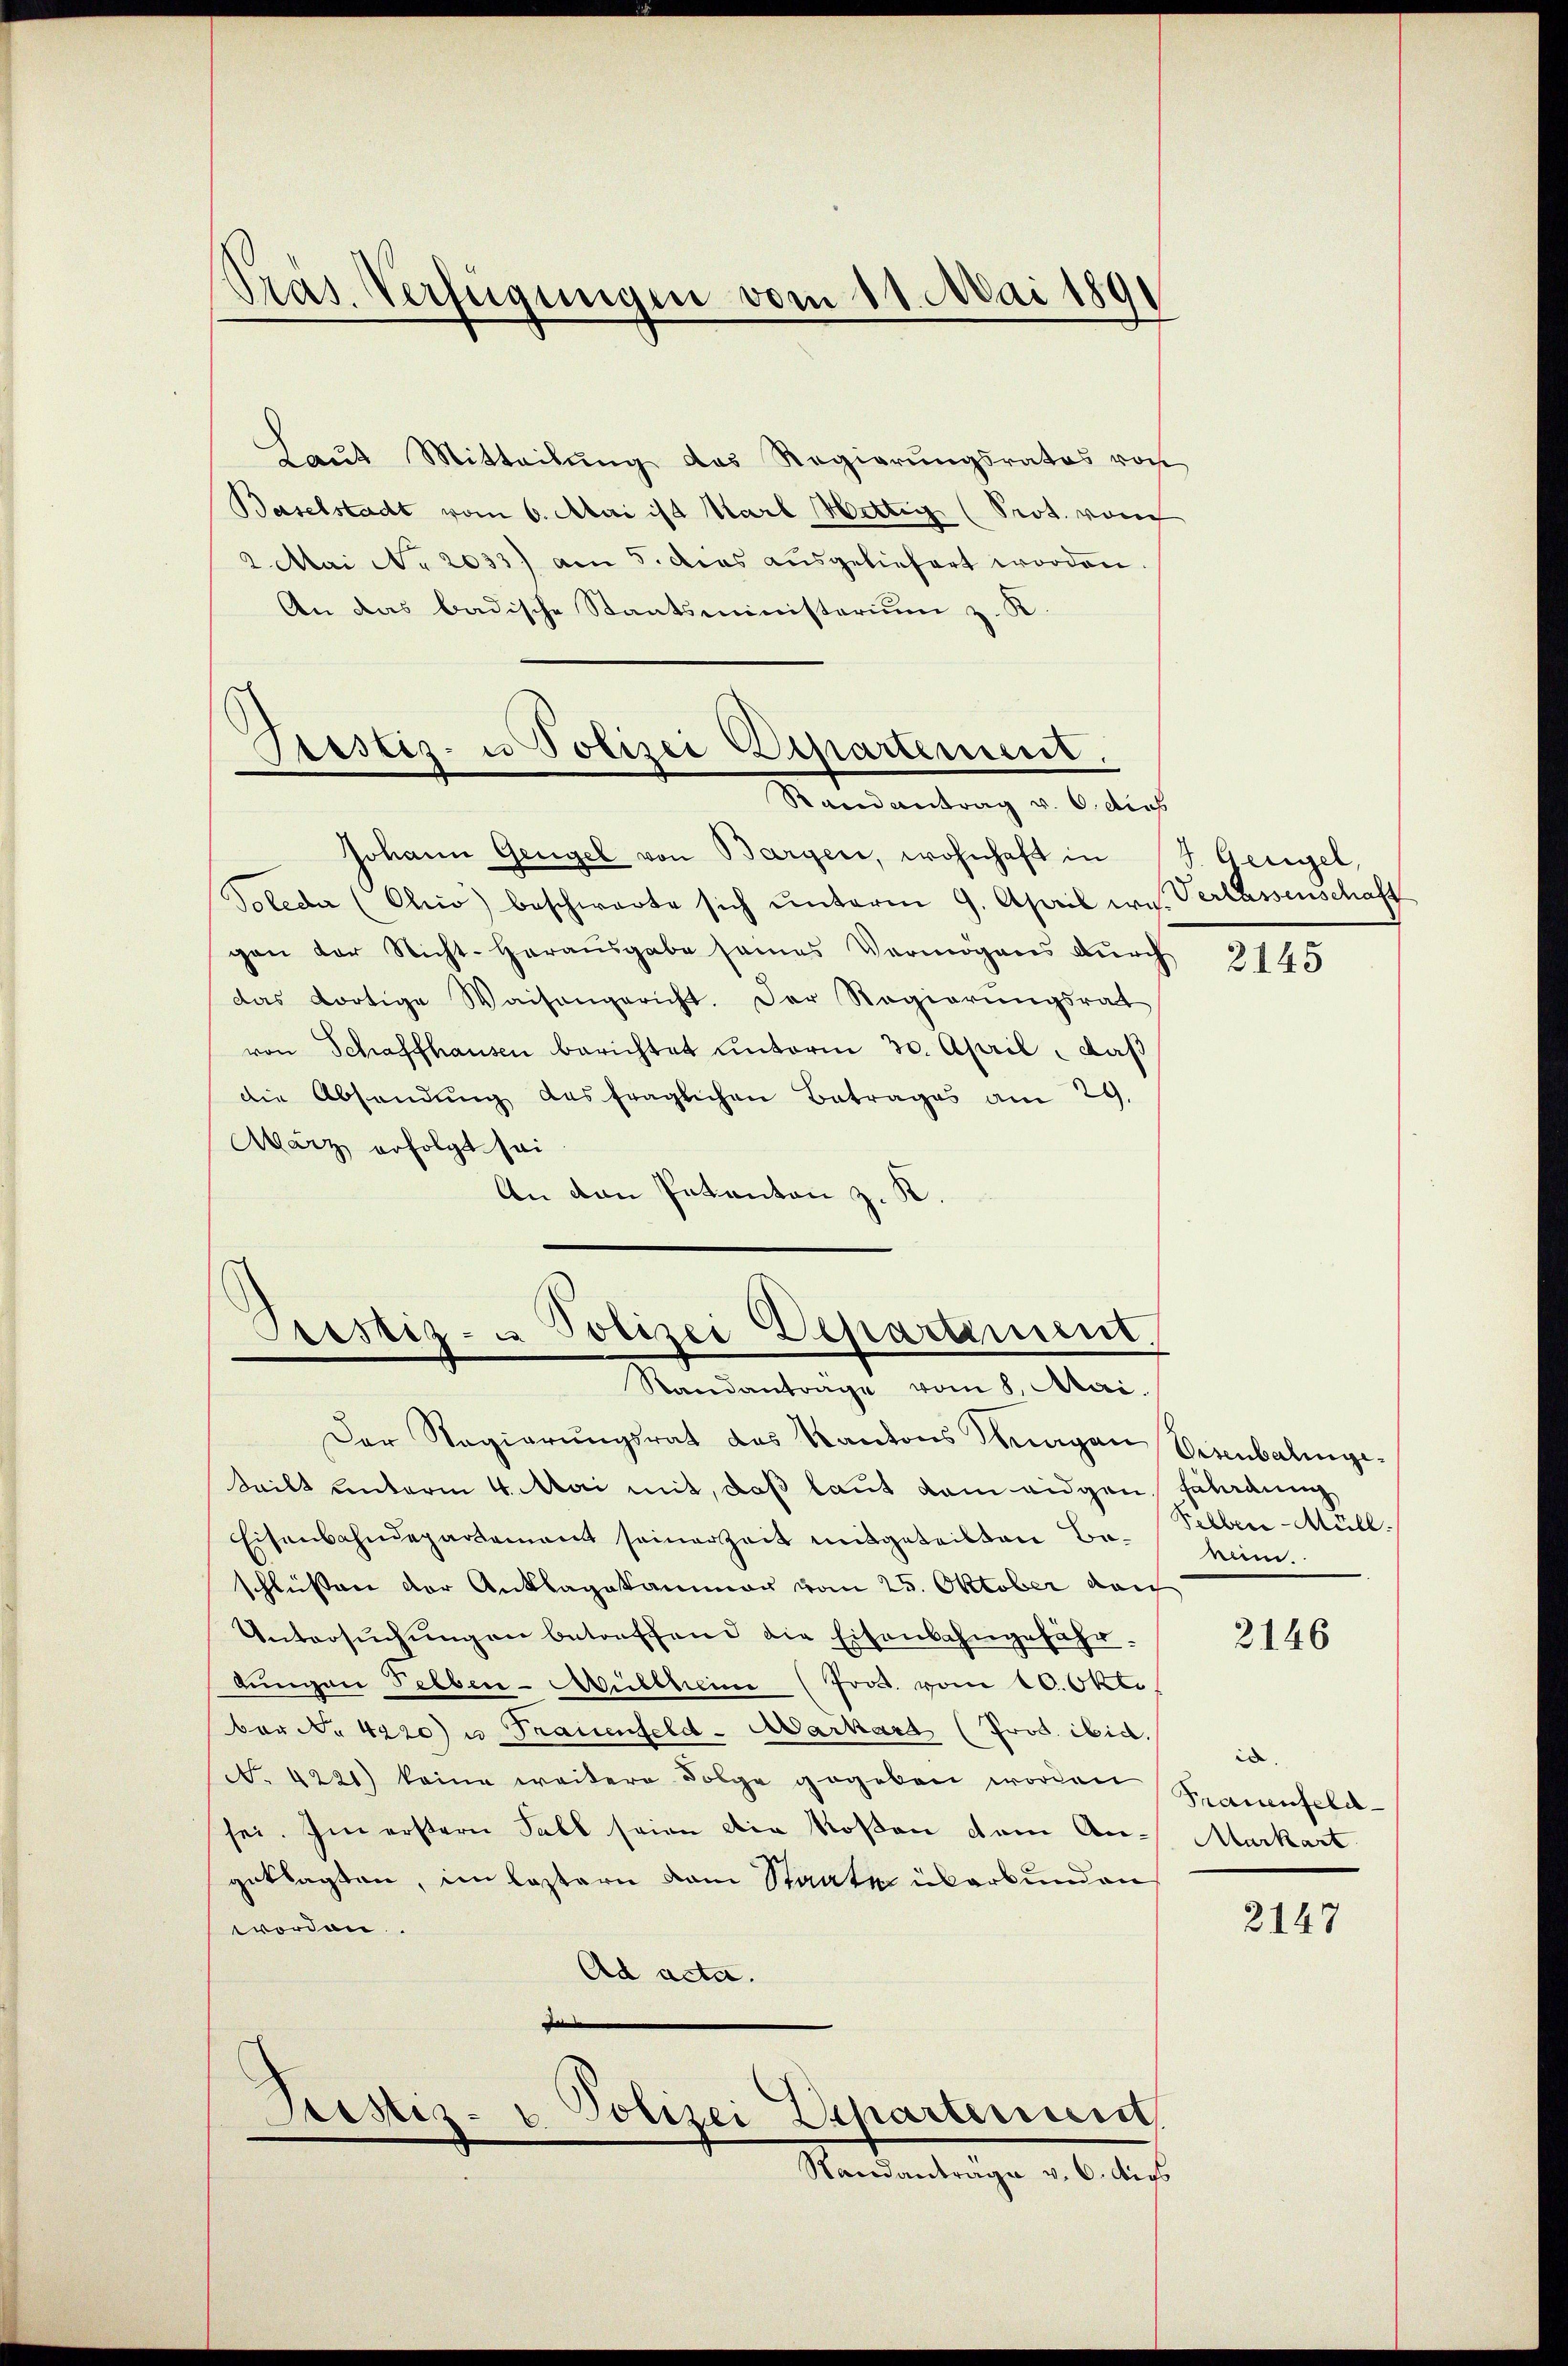
Präs. Verfügungen vom 11. Mai 189

Laŭt Mitteilŭng das Regierŭngsrates von
Baselstadt vom 6. Mai ist Karl Wittig (Prot. vom
2. Mai No 2033) am 5. das aŭsgeliefert worden.
An das badische Staatsministerium z. K
Mandartung v. 6. der
Johann Gengel von Bargen, wohnhaft in J. Geigel,
Toleder (Ohio beschwarte sich ŭnterm 9. April was Verlassenschaft
gen der Nicht-Herausgabe seines Vermögens durch
das dortige Waisengericht. Der Regierungsrat
von Schaffhausen berichtet unterm 30. April, daß
die Absendŭng des fraglichen Betrages am 29.
März erfolgt sei
An den Patanten z. K.
Prestiz- u Polizei Departement.

Pristis- u Polizei Departement.

Standanträge vom 8. Mai.

Der Regierŭngsrat des Kantons Magen Eisenbalinge-
teilt unterm 4. Mai mit, daß laut dem eidgen.
Eisenbahndepartement seiner Zeit mitgeteilten Beschlüssen der Anklagekammer vom 25. Oktober dar
Untersŭchŭngen betreffend die Eisenbahngefährlŭngen Felben-Müllheim (Prod. vom 10. Okto
ber No 4220) u. Frauenfeld-Markard (Prod. ibid.
N. 4221) keine weitere Folge gegeben worden
sei. Im erstern Fall seien die Rosen dem Angeklagten, im leztern vom Staate überbunden
worden.
Ad acta.
e
Polizei Departenirt
Justiz-
Standantrage v. 6. dies

2145

Falordung
Felber-Müll
nein.

2146

ia.
Frauenfeld-
Markart

2147